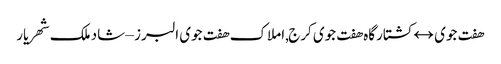
هفت جوی ↔ کشتارگاه هفت جوی کرج,املاک هفت جوی البرز – شاد ملک شهریار